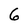
Character: 6